Leprosy in India: report of the Leprosy Commission in India, 1890-91
Year: 1890
Disease focus: Leprosy
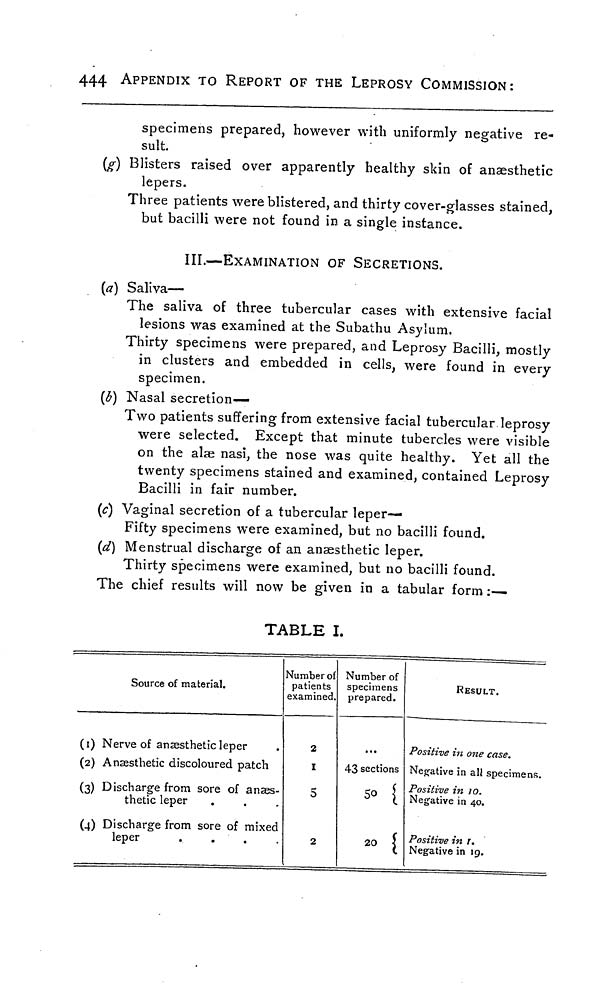
444
APPENDIX TO REPORT OF THE LEPROSY COMMISSION:
specimens prepared, however with uniformly negative re-
sult.
(g) Blisters raised over apparently healthy skin of anaesthetic
lepers.
Three patients were blistered, and thirty cover-glasses stained,
but bacilli were not found in a single instance.
III.—EXAMINATION OF SECRETIONS.
(a) Saliva—
The saliva of three tubercular cases with extensive facial
lesions was examined at the Subathu Asylum.
Thirty specimens were prepared, and Leprosy Bacilli, mostly
in clusters and embedded in cells, were found in every
specimen.
(b) Nasal secretion-
Two patients suffering from extensive facial tubercular leprosy
were selected. Except that minute tubercles were visible
on the alæ nasi, the nose was quite healthy. Yet all the
twenty specimens stained and examined, contained Leprosy
Bacilli in fair number.
(c) Vaginal secretion of a tubercular leper-
Fifty specimens were examined, but no bacilli found.
(d) Menstrual discharge of an anaesthetic leper.
Thirty specimens were examined, but no bacilli found.
The chief results will now be given in a tabular form :—
TABLE I.
(I)
(2)
(3)
(4)
Source of material.
Nerve of anæsthetic leper
Anaesthetic discoloured patch
Discharge from sore of anaes-
thetic leper
Discharge from sore of mixed
leper
....
Number of
patients
examined.
2
I
5
2
Number of
specimens
prepared.
43 sections
50 (
20 (
RESULT.
Positive in one case.
Negative in all specimens.
Positive in 10.
Negative in 40.
Positive in r.
Negative in 19.